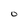
Character: 0